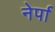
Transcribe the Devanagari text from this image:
नेर्पा